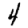
Digit: 4